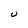
Character: U